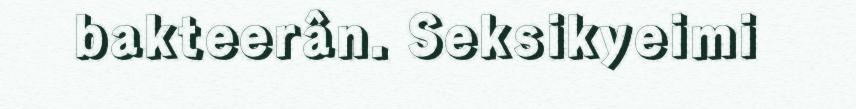
bakteerân. Seksikyeimi